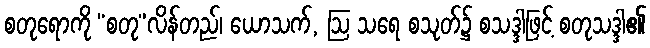
စတုရောကို “စတု”လိန်တည်၊ ယောသက်, ဩ သရေ စသုတ်၌ စသဒ္ဒါဖြင့် စတုသဒ္ဒါ၏